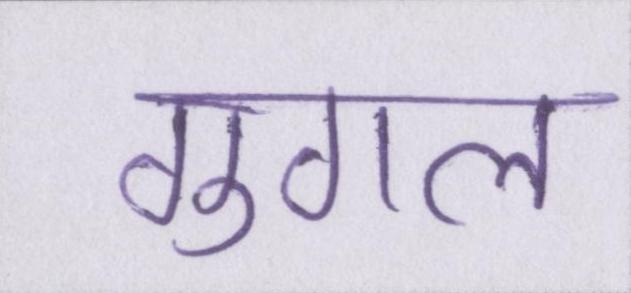
गुगल